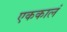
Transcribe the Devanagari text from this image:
एककालं